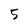
Character: 5